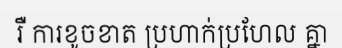
រឺ ការខូចខាត ប្រហាក់ប្រហែល គ្នា